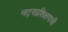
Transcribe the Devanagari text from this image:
नाट्यप्रशिक्षणाची